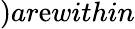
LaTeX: )ar\mathrm{e}within